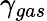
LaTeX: \gamma_{gas}